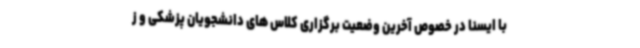
با ایسنا در خصوص آخرین وضعیت برگزاری کلاس های دانشجویان پزشکی و ز